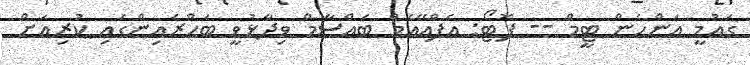
ގައުމީ އަންހެން ޓީމް -- ފޮޓޯ: އެފްއޭއެމް ބައްސާމް ވިދާޅުވީ ބަހްރެއިންގައި ކުރިއަށް